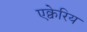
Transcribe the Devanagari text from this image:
एक्वेरिय